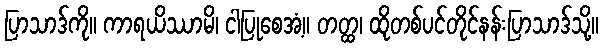
ပြာသာဒ်ကို။ ကာရယိဿာမိ၊ ငါပြုစေအံ့။ တတ္ထ၊ ထိုတစ်ပင်တိုင်နန်းပြာသာဒ်သို့။